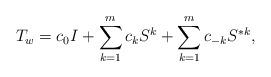
LaTeX: \begin{align*} T_w = c_0 I +\sum_{k=1}^m c_k S^k + \sum_{k=1}^m c_{-k} S^{*k},\end{align*}